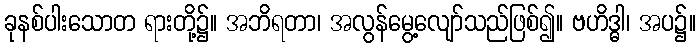
ခုနစ်ပါးသောတ ရားတို့၌။ အဘိရတာ၊ အလွန်မွေ့လျော်သည်ဖြစ်၍။ ဗဟိဒ္ဓါ၊ အပ၌။